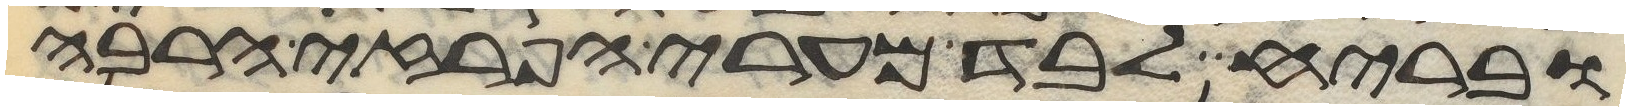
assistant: ובריח לבד מערי הפרזי הרבה